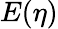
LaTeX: E(\eta)